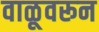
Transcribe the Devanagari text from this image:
वाळूवरून